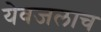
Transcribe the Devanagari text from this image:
येवजलाच